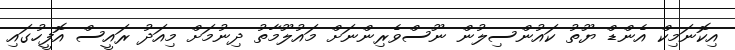
އިކޮނަމިކް އެންޑް ޔޫތު ކައުންސިލުން ނޫސްވެރިންނަށް މައުލޫމާތު ދިނުމަށް މިއަދު ރައީސް އޮފީހުގައި